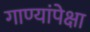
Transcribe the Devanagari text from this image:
गाण्यांपेक्षा